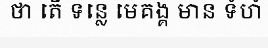
ថា តើ ទន្លេ មេគង្គ មាន ទំហំ